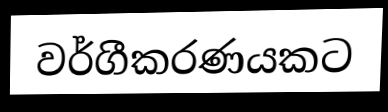
වර්ගීකරණයකට